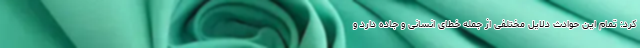
کرد: تمام این حوادث دلایل مختلفی از جمله خطای انسانی و جاده دارد و